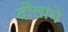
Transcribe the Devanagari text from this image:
दौलाने